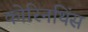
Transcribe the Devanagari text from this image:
कोरिनथिंस